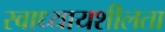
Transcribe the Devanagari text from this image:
स्वाध्यायशीलता